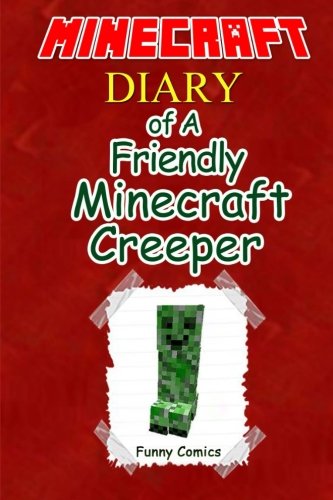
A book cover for Minecraft: Diary Of A Friendly Minecraft Creeper (Volume 1); Funny Comics; Children's Books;